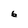
Character: 6